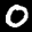
Label: 0